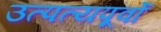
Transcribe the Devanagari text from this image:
उत्पत्यपूर्वो